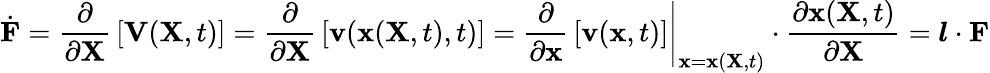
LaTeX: {\dot{\mathbf{F}}}={\frac{\partial}{\partial\mathbf{X}}}\left[\mathbf{V}(\mathbf{X},t)\right]={\frac{\partial}{\partial\mathbf{X}}}\left[\mathbf{v}(\mathbf{x}(\mathbf{X},t),t)\right]=\left.{\frac{\partial}{\partial\mathbf{x}}}\left[\mathbf{v}(\mathbf{x},t)\right]\right|_{\mathbf{x}=\mathbf{x}(\mathbf{X},t)}\cdot{\frac{\partial\mathbf{x}(\mathbf{X},t)}{\partial\mathbf{X}}}={\boldsymbol{l}}\cdot\mathbf{F}